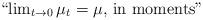
LaTeX: \begin{align*} \mbox{``$\lim_{t \to 0} \mu_t = \mu$, in moments''}\end{align*}